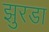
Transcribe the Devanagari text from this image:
झुरडा